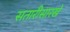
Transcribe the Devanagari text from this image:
सतारीसारखे